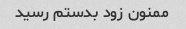
ممنون زود بدستم رسید